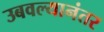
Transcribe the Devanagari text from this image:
उबवल्यानंतर